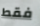
فقط